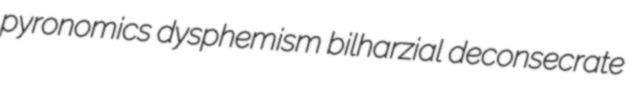
pyronomics dysphemism bilharzial deconsecrate